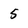
Character: 5